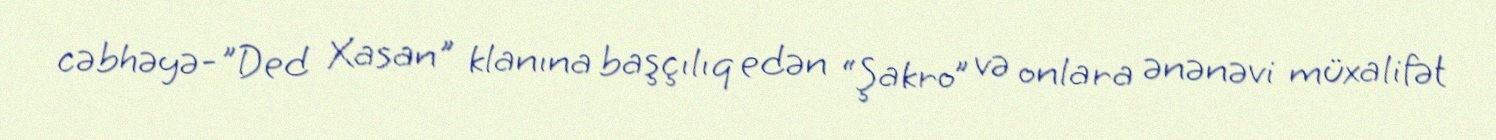
cəbhəyə-"Ded Xasan" klanına başçılıq edən “Şakro” və onlara ənənəvi müxalifət